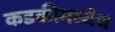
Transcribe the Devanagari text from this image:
कडकीमध्येच